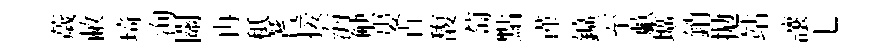
薉敝𤦺洵關冉秪蓍接海觖婁卋馥萄點谨鑛至歔壙銷拋站讓七